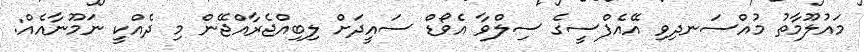
މައުލޫމާތު މުއްސަނދިވި އޭއެފްސީގެ ސިލްވާ އެވޯޑް ސައީދަށް ލިބިއްޖެރާއްޖޭން މި ދެއްކީ ނަމޫނާއެއް: